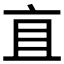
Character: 𬽈